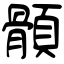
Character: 顝